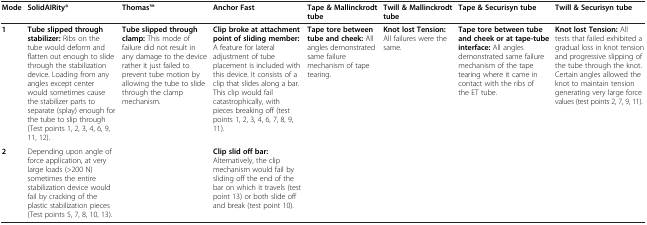
<table><thead><tr><td><b>Mode</b></td><td><b>SolidAIRity®</b></td><td><b>ThomasTM</b></td><td><b>Anchor Fast</b></td><td><b>Tape &amp; Mallinckrodt tube</b></td><td><b>Twill &amp; Mallinckrodt tube</b></td><td><b>Tape &amp; Securisyn tube</b></td><td><b>Twill &amp; Securisyn tube</b></td></tr></thead><tbody><tr><td><b>1</b></td><td><b>Tube slipped through stabilizer:</b> Ribs on the tube would deform and flatten out enough to slide through the stabilization device. Loading from any angles except center would sometimes cause the stabilizer parts to separate (splay) enough for the tube to slip through (Test points 1, 2, 3, 4, 6, 9, 11, 12).</td><td><b>Tube slipped through clamp:</b> This mode of failure did not result in any damage to the device rather it just failed to prevent tube motion by allowing the tube to slide through the clamp mechanism.</td><td><b>Clip broke at attachment point of sliding member:</b> A feature for lateral adjustment of tube placement is included with this device. It consists of a clip that slides along a bar. This clip would fail catastrophically, with pieces breaking off (test points 1, 2, 3, 4, 6, 7, 8, 9, 11).</td><td><b>Tape tore between tube and cheek:</b> All angles demonstrated same failure mechanism of tape tearing.</td><td><b>Knot lost Tension:</b> All failures were the same.</td><td><b>Tape tore between tube and cheek or at tape-tube interface:</b> All angles demonstrated same failure mechanism of the tape tearing where it came in contact with the ribs of the ET tube.</td><td><b>Knot lost Tension:</b> All tests that failed exhibited a gradual loss in knot tension and progressive slipping of the tube through the knot. Certain angles allowed the knot to maintain tension generating very large force values (test points 2, 7, 9, 11).</td></tr><tr><td><b>2</b></td><td>Depending upon angle of force application, at very large loads (&gt;200 N) sometimes the entire stabilization device would fail by cracking of the plastic stabilization pieces (Test points 5, 7, 8, 10, 13).</td><td> </td><td><b>Clip slid off bar:</b> Alternatively, the clip mechanism would fail by sliding off the end of the bar on which it travels (test point 13) or both slide off and break (test point 10).</td><td> </td><td> </td><td> </td><td> </td></tr></tbody></table>